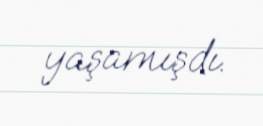
yaşamışdı.